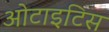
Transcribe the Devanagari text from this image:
ओटाइटिस